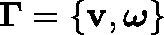
{ \mathbf { \Gamma } } = \{ \mathbf { v } , \boldsymbol { \omega } \}